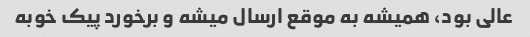
عالی بود، همیشه به موقع ارسال میشه و برخورد پیک خوبه